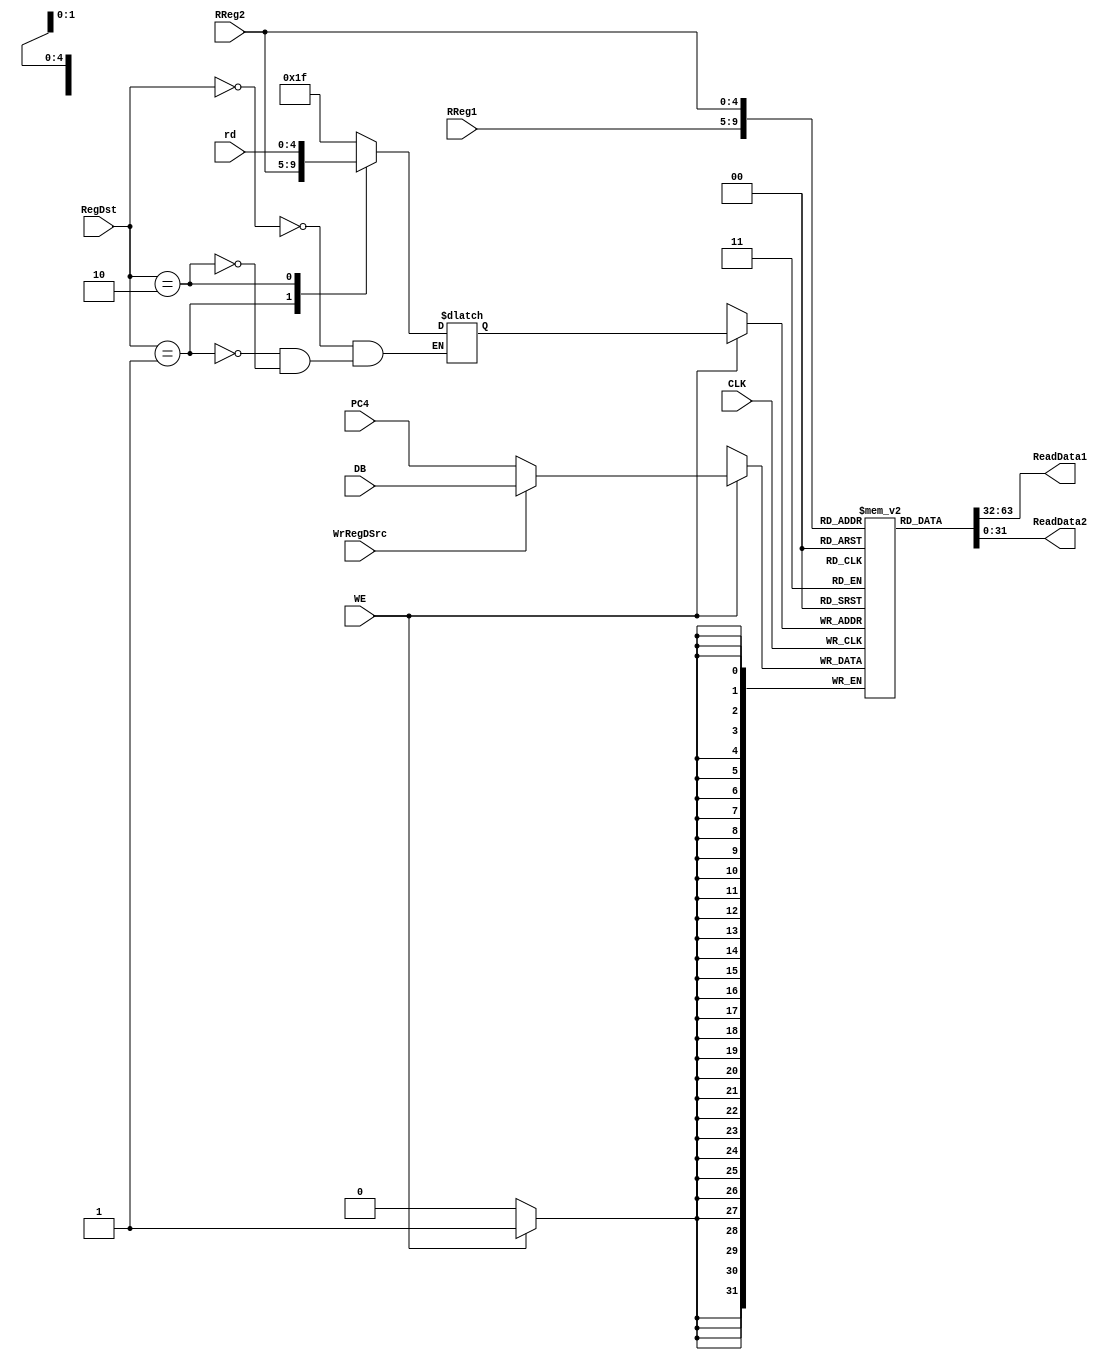
`timescale 1ns / 1ps

module RF(
    input CLK,
    input WE,
    input WrRegDSrc,
    input [1:0] RegDst,
    input [4:0] RReg1,
    input [4:0] RReg2,
    input [4:0] rd,
    input [31:0] DB,
    input [31:0] PC4,
    output reg [31:0] ReadData1,
    output reg [31:0] ReadData2
);

    reg [4:0] WReg;
    wire [31:0] WriteData;

    always @(*) begin
        case(RegDst)
            2'b00:
                WReg <= 5'b11111;
            2'b01:
                WReg <= RReg2;
            2'b10:
                WReg <= rd;
        endcase
    end

    assign WriteData = (WrRegDSrc) ? DB : PC4;

    reg [31:0] Regs[0:31];

    integer i = 0;
    initial begin
      repeat(32) begin
        Regs[i] = 0;
        i = i + 1;
      end
    end

    always @(*) begin
        ReadData1 <= Regs[RReg1];
        ReadData2 <= Regs[RReg2];
    end

    always @(negedge CLK) begin
      if (WE) begin
        Regs[WReg] <= WriteData;
      end
    end

endmodule